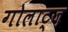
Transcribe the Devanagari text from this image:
गोलाट्ज़